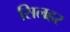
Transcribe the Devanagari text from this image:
सिलहर